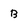
Character: B